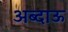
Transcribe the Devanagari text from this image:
अब्दाऊ